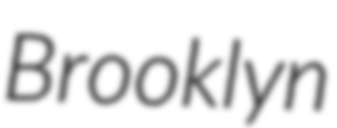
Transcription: Brooklyn